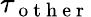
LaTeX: \tau_{\mathrm{~o~t~h~e~r~}}